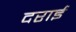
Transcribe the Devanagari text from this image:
दराई